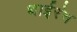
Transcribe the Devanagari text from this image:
थाईरंग